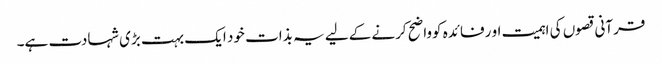
قرآنی قصوں کی اہمیت او رفائدہ کوواضح کرنے کےلیے یہ بذات خود ایک بہت بڑی شہادت ہے۔